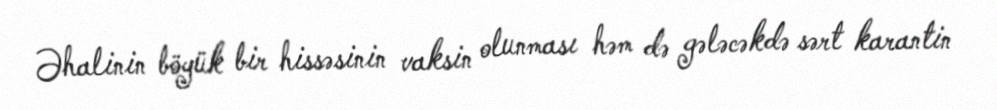
Əhalinin böyük bir hissəsinin vaksin olunması həm də gələcəkdə sərt karantin